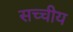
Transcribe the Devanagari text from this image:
सच्चीय